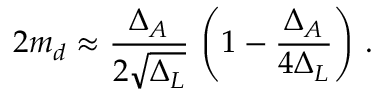
2 m _ { d } \approx { \frac { \Delta _ { A } } { 2 \sqrt { \Delta _ { L } } } } ~ { \left( { 1 - { \frac { \Delta _ { A } } { 4 \Delta _ { L } } } } \right) } ~ .